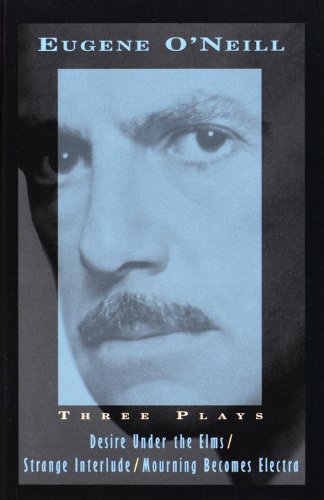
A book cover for Three Plays: Desire Under The Elms, Strange Interlude, Mourning Becomes Electra; Eugene O'Neill; Literature & Fiction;